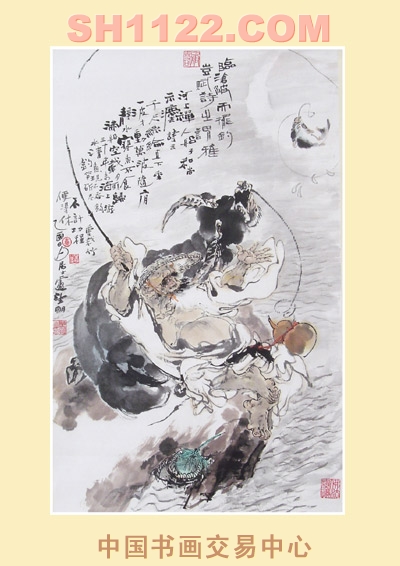
反听之谓聪，内视之谓明，自胜之谓彊。